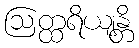
ဩတ္ထရိယျန္တိ